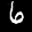
Label: 6